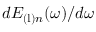
d E _ { \mathrm { ( l ) } n } ( \omega ) / d \omega